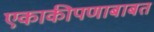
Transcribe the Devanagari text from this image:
एकाकीपणाबाबत